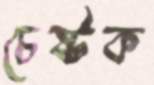
চেষ্টক